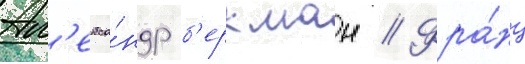
Ал'екса́ндр б'еркман // Фра́нц